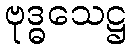
ဗုဒ္ဓသေဋ္ဌ